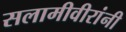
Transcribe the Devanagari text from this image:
सलामीवीरांनी